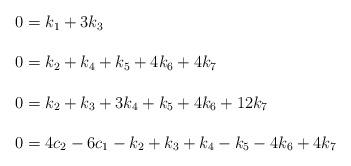
LaTeX: \begin{align*}\begin{array}{l}0=k_{1}+3k_{3}\\{}\\0=k_{2}+k_{4}+k_{5}+4k_{6}+4k_{7}\\{}\\0=k_{2}+k_{3}+3k_{4}+k_{5}+4k_{6}+12k_{7}\\{}\\0=4c_{2}-6c_{1}-k_{2}+k_{3}+k_{4}-k_{5}-4k_{6}+4k_{7}\end{array}\end{align*}